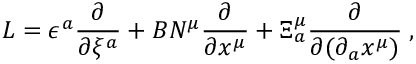
L = \epsilon ^ { a } \frac { \partial } { \partial \xi ^ { a } } + B N ^ { \mu } \frac { \partial } { \partial x ^ { \mu } } + \Xi _ { a } ^ { \mu } \frac { \partial } { \partial ( \partial _ { a } x ^ { \mu } ) } \; ,